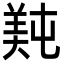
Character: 𬙴